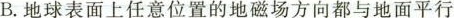
B.地球表面上任意位置的地磁场方向都与地面平行